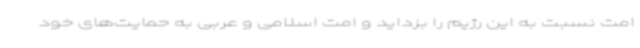
امت نسبت به این رژیم را بزداید و امت اسلامی و عربی به حمایت‌های خود